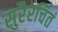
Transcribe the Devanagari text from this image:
सुरैरर्चितं